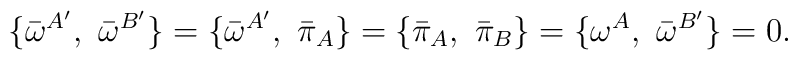
\{{\bar  \omega}^{A^\prime},\ {\bar  \omega}^{B^\prime}\}=\{{\bar  \omega}^{A^\prime},\ {\bar  \pi_{A}}\} =\{{\bar  \pi_{A}},\ {\bar  \pi_{B}}\} =\{{\omega}^{A},\ {\bar  \omega}^{B^\prime}\} = 0.